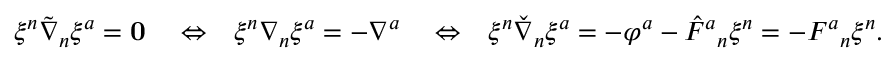
\begin{array} { r l r l r } { \xi ^ { n } \tilde { \nabla } _ { n } \xi ^ { a } = \mathbf { 0 } } & { { } \Leftrightarrow } & { \xi ^ { n } \nabla _ { n } \xi ^ { a } = - \nabla ^ { a } } & { { } \Leftrightarrow } & { \xi ^ { n } \check { \nabla } _ { n } \xi ^ { a } = - \varphi ^ { a } - \hat { F } { } ^ { a } { } _ { n } \xi ^ { n } = - F ^ { a } { } _ { n } \xi ^ { n } . } \end{array}